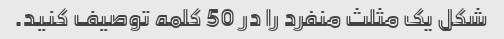
شکل یک مثلث منفرد را در 50 کلمه توصیف کنید.